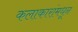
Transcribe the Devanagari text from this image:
कलाकारांमधून